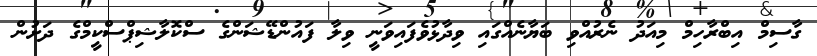
ގާސިމް އިބްރާހިމް މިއަދު ނެރުއްވި ބަޔާނެއްގައި ވިދާޅުވެފައިވަނީ ވިލާ ފައުންޑޭޝަންގެ ސްކޮލާޝިޕްސްކީމްގެ ދަށުން